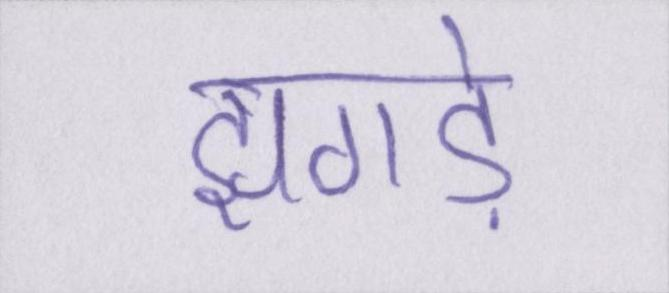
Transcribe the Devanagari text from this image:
झगड़े